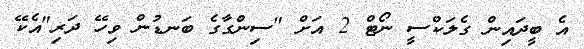
އެ ބީދައިން ގެލަކްސީ ނޯޓް 2 އަށް "ސިންގާގެ ބަނޑުން ވިހޭ ދަރި"އެކޭ